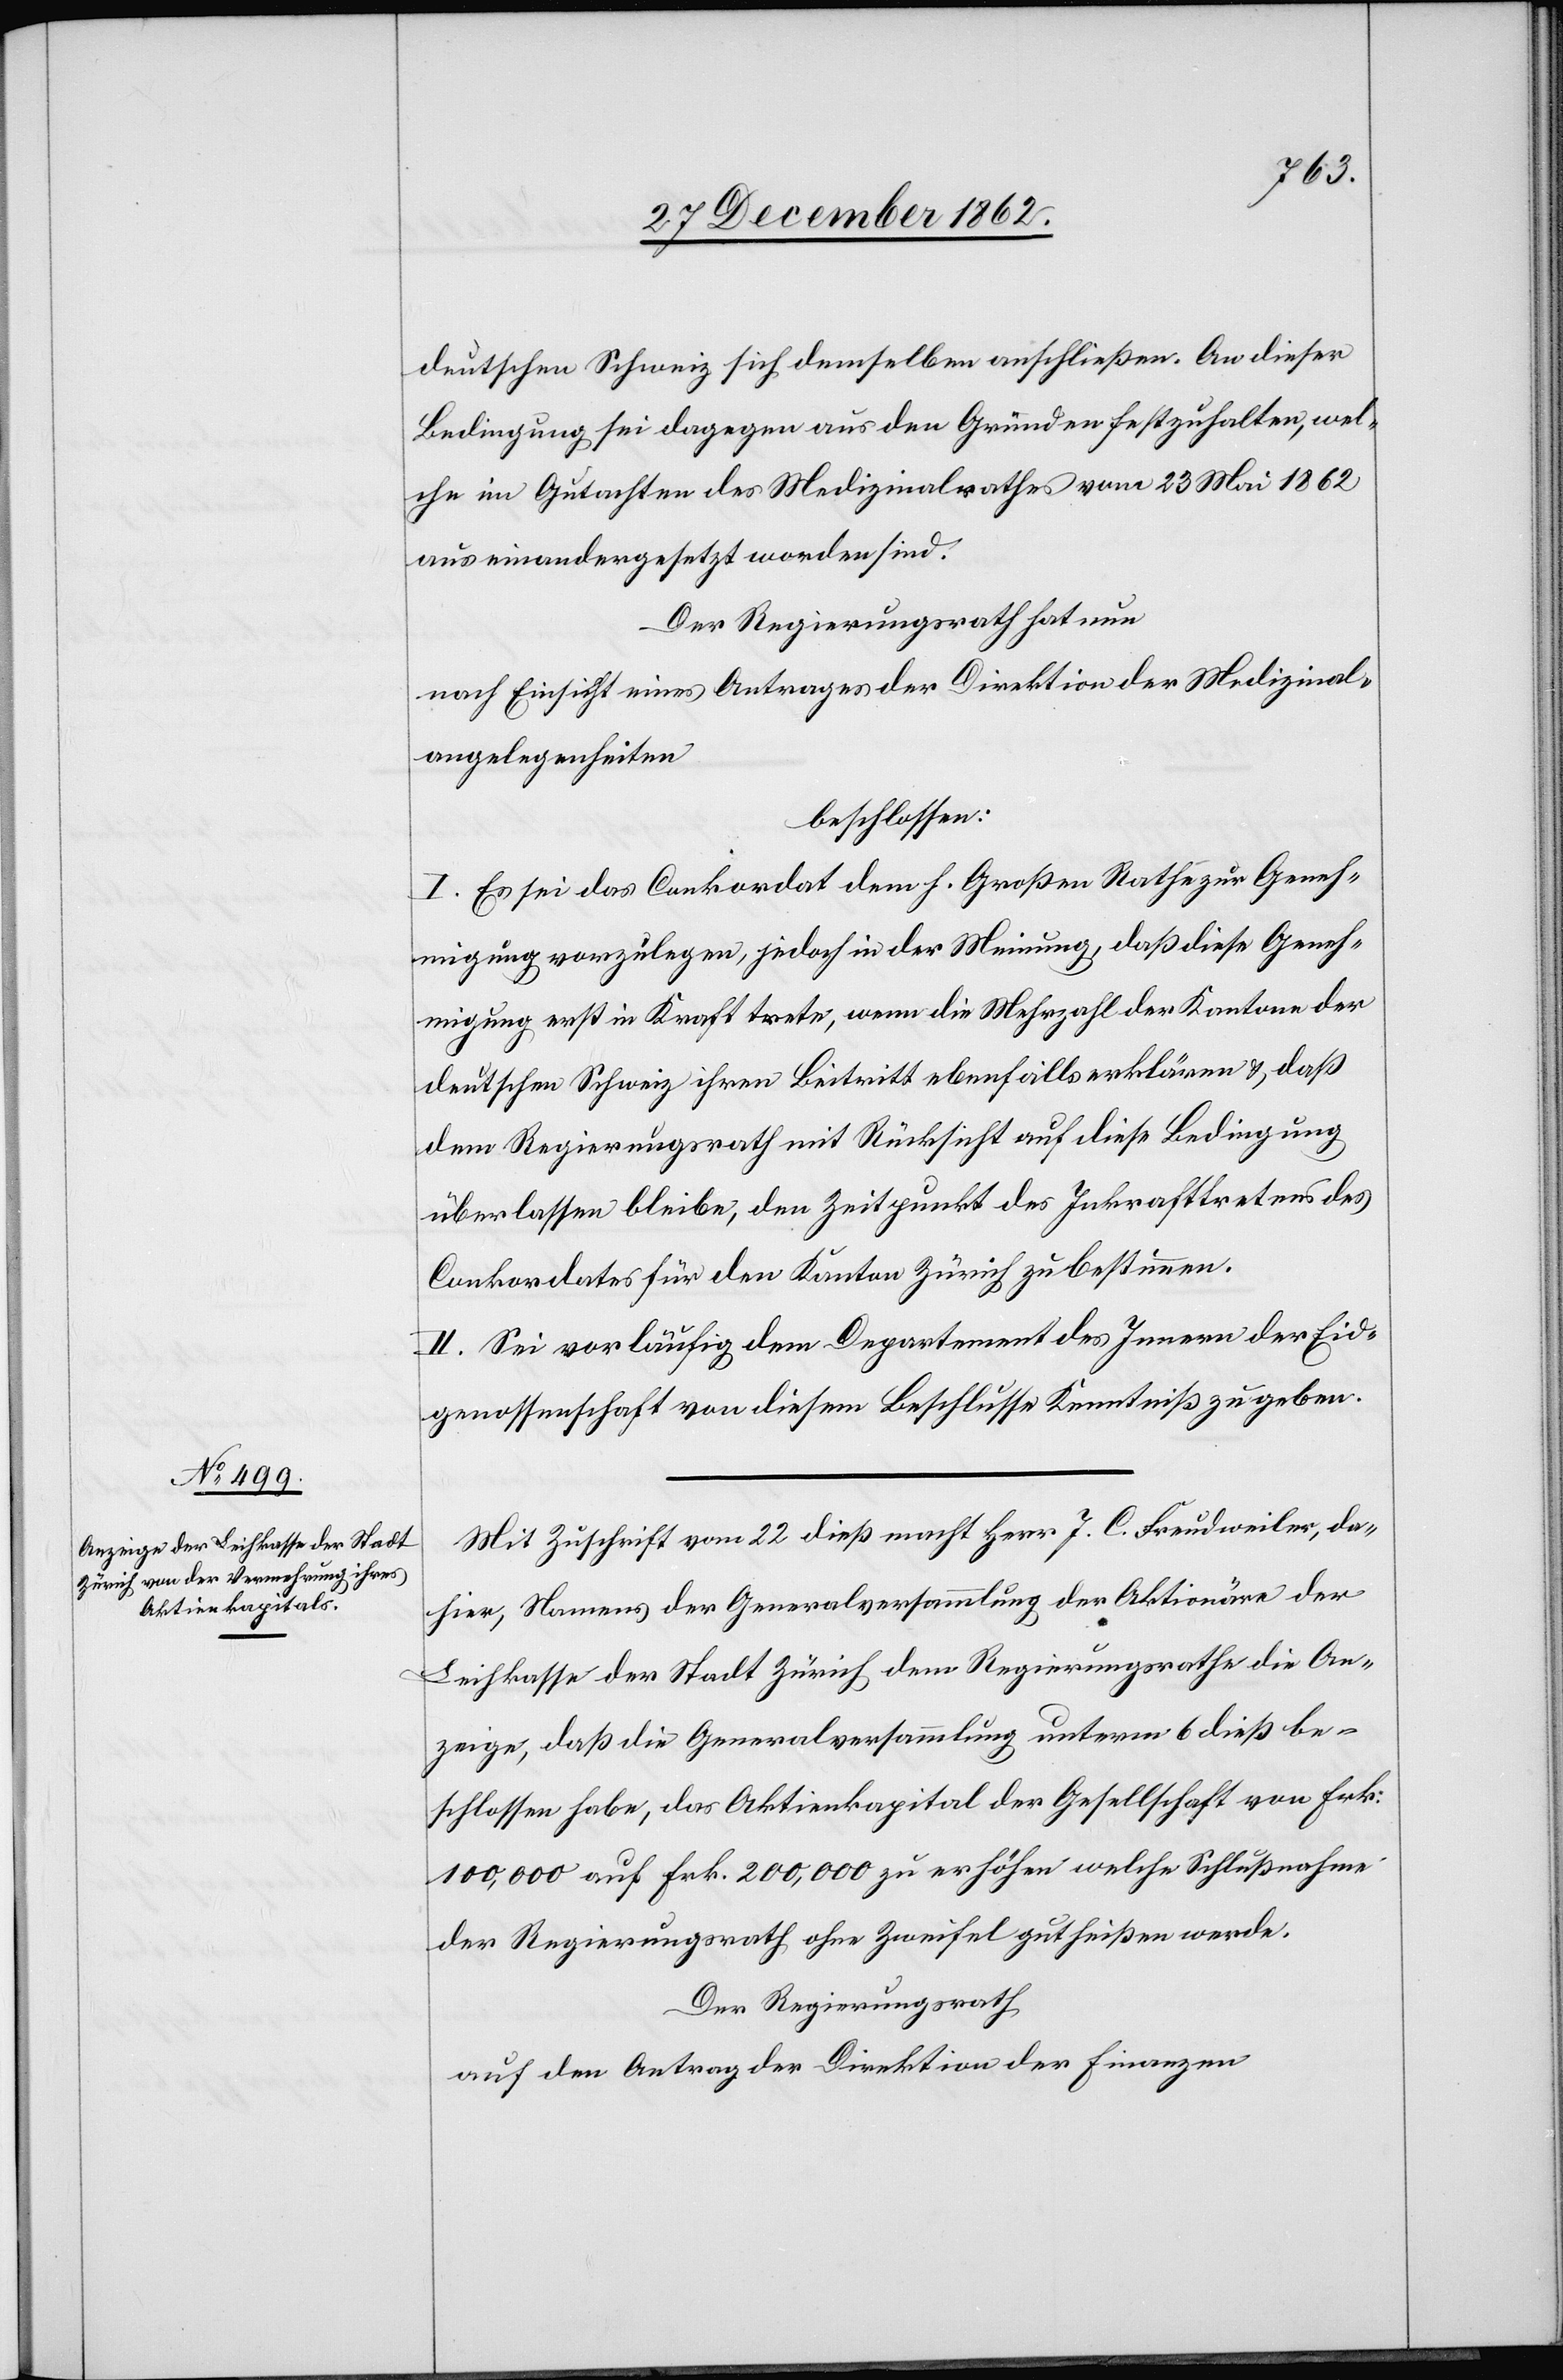
deutschen Schweiz sich demselben anschließen. An dieser
Bedingung sei dagegen aus den Gründen festzuhalten, wel¬
che im Gutachten des Medizinalrathes vom 23. Mi 1862
auseinandergesetzt worden sind.
Der Regierungsrath hat nun
nach Einsicht eines Antrages der Direktion der Medizinal¬
angelegenheiten
beschlossen:
I. Es sei das Conkordat dem h. Großen Rathe zur Geneh¬
migung vorzulegen, jedoch in der Meinung, daß diese Geneh¬
migung erst in Kraft trete, wenn die Mehrzahl der Kantone der
deutschen Schweiz ihren Beitritt ebenfalls erklären u. daß
dem Regierungsrath mit Rücksicht auf diese Bedingung
überlassen bleibe, den Zeitpunkt des Inkrafttretens des
Conkordates für den Kanton Zürich zu bestimmen.
II. Sei vorläufig dem Departement des Innern der Eid¬
genossenschaft von diesem Beschlusse Kenntniß zu geben.
Mit Zuschrift vom 22. dieß macht Herr J. C. Freudweiler, da¬
hier, Namens der Generalversammlung der Aktionäre der
Leihkasse der Stadt Zürich dem Regierungsrathe die An¬
zeige, daß die Generalversammlung unterm 6. dieß be¬
schlossen habe, das Aktienkapital der Gesellschaft von Frk.
100,000 auf Frk. 200,000 zu erhöhen welche Schlußnahme
der Regierungsrath ohne Zweifel gut heißen werde.
Der Regierungsrath
auf den Antrag der Direktion der Finanzen